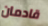
قادمان